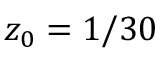
z _ { 0 } = 1 / 3 0